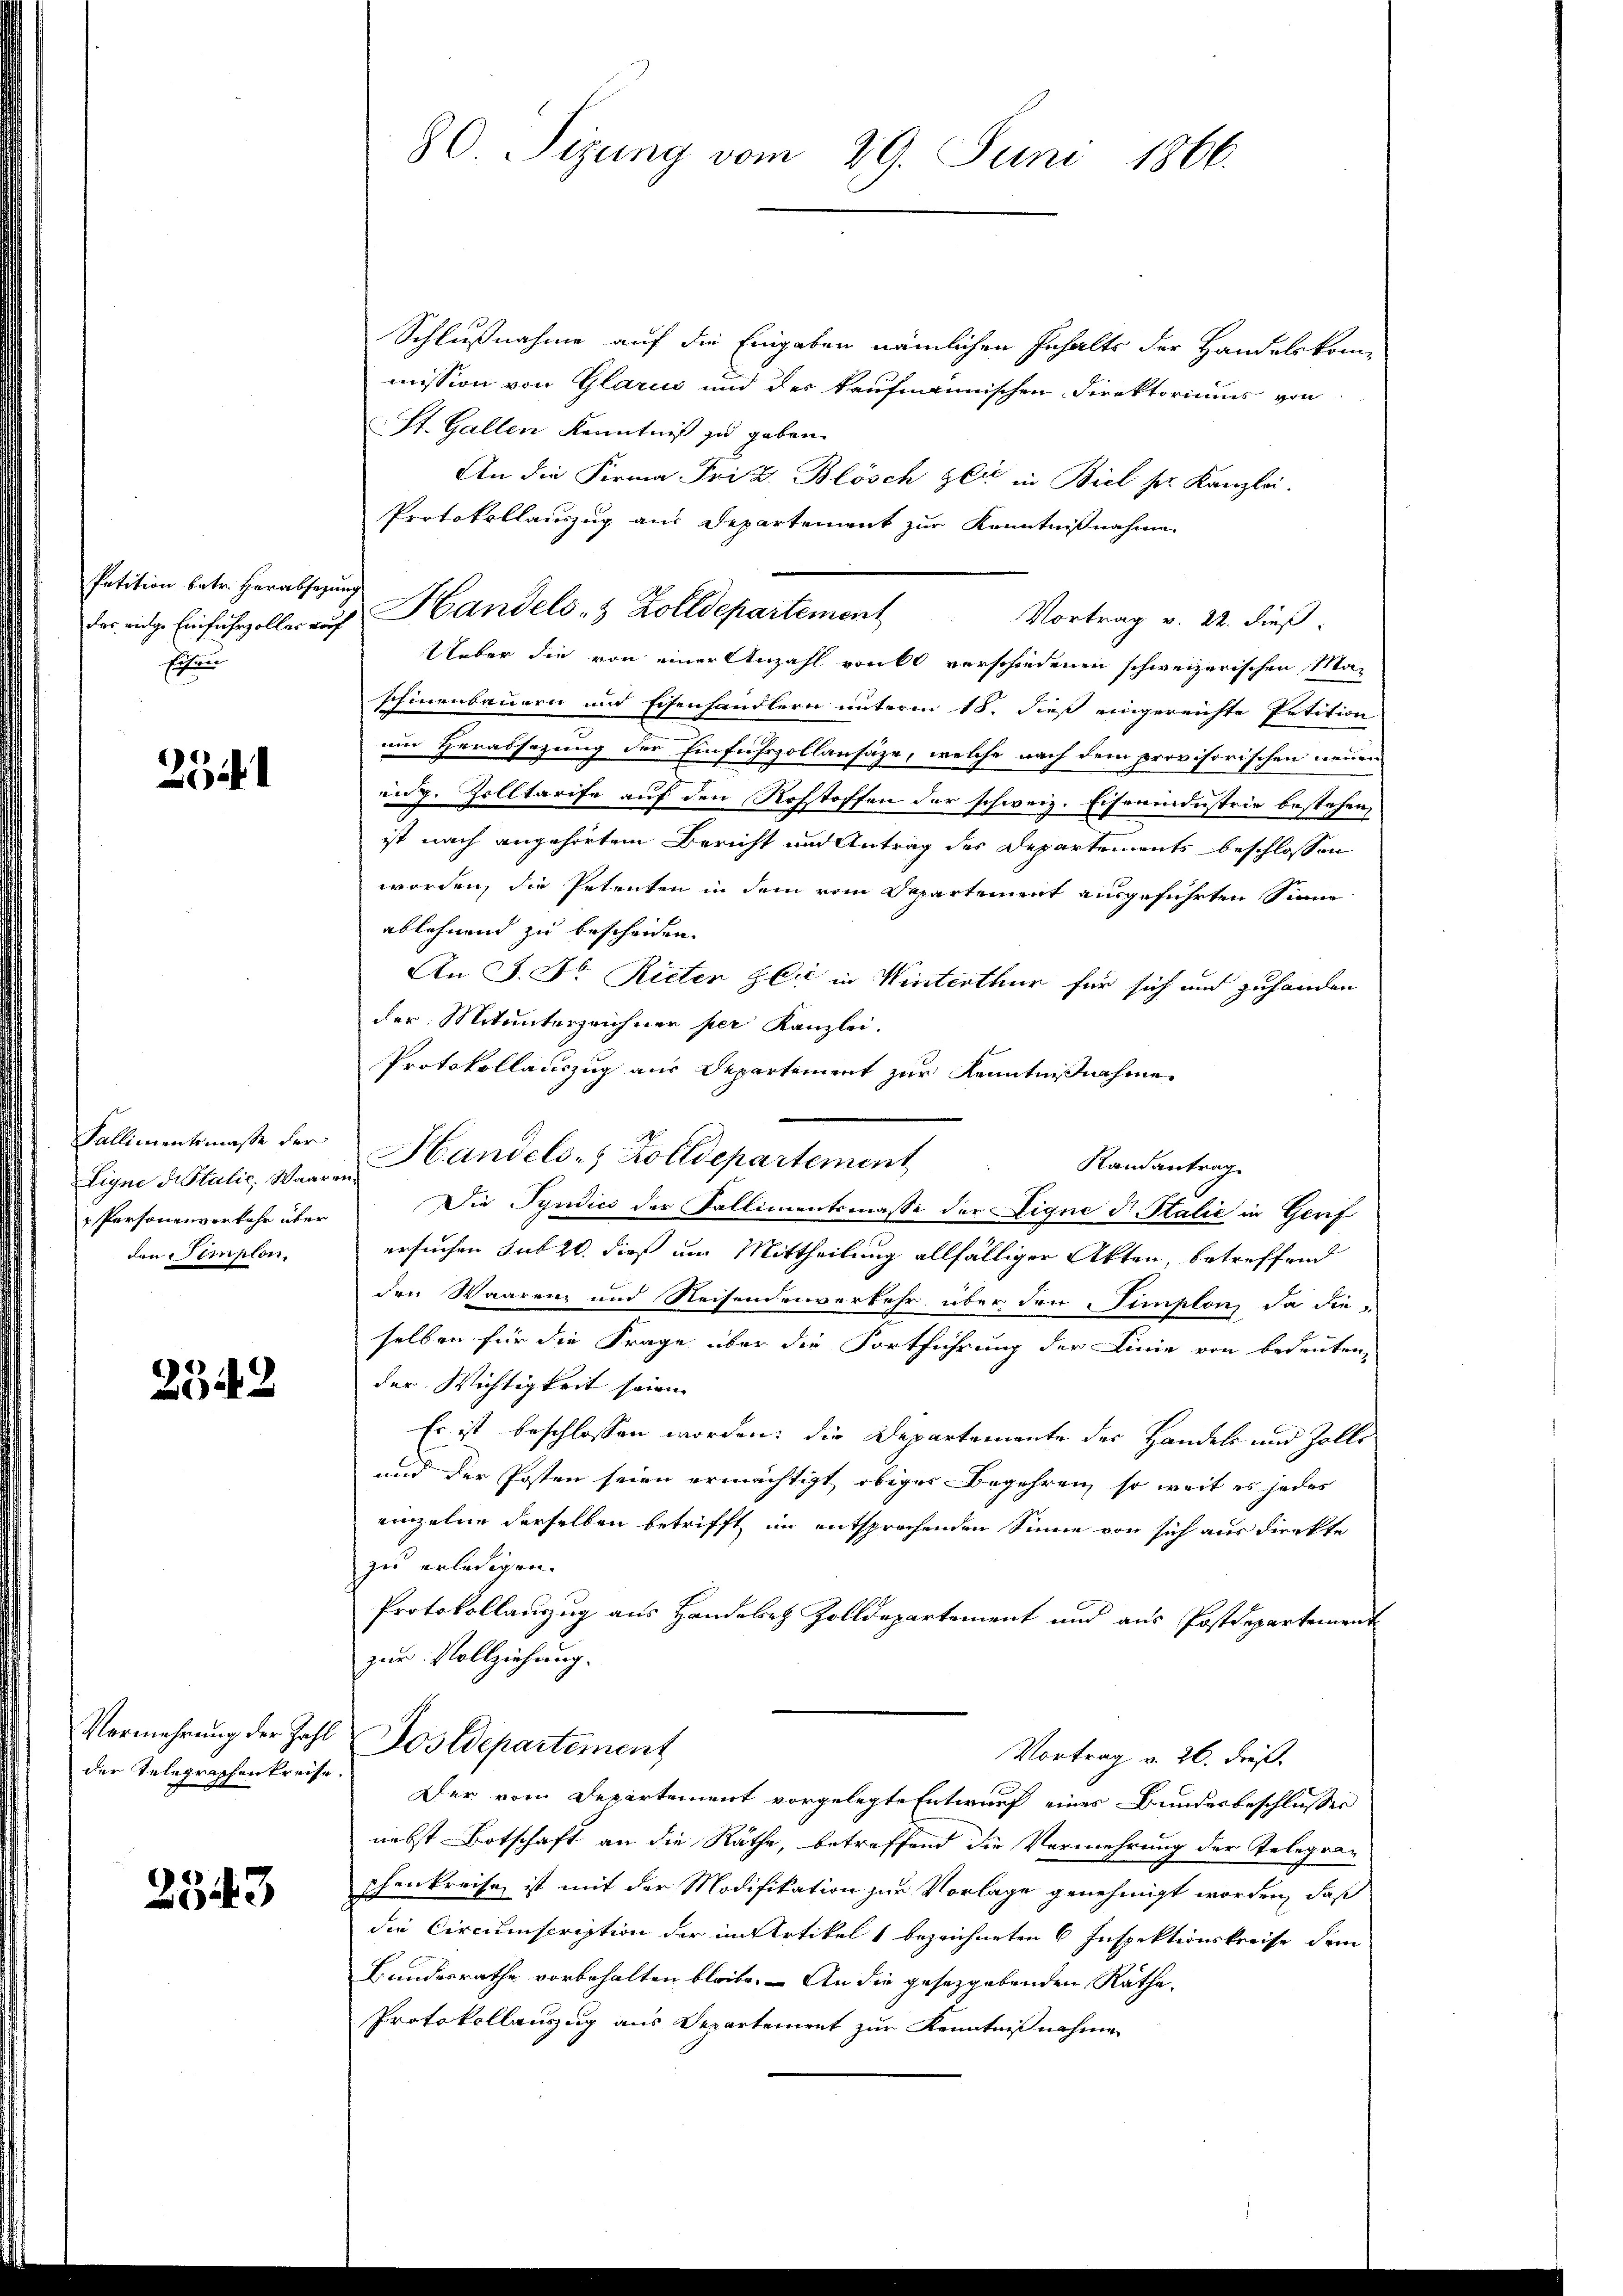
Petition betr. Herabsezung
schen

2541

Fallimentsmaße der
 Personenverkehr über
den Simplon.

2342

Vermehrung der Zahl
der Telegraphenkreise.

2543

80 Sizung vom 29. Juni 1866.

Schlußnahme auf die Eingaben nämlichen Inhalts der Handelskommission von Glarus und des kaufmännischen Direktoriums von
St. Gallen Kenntniß zu geben.
An die Firma Frid. Blösch ger in Biel ser Kanzlei.
Protokollauszug aus Departement zur Kenntnißnahme
der eige Einfuhrzoller auf Handels- & Zolldepartement
Vortrag v. 22. dieß:
Ueber die von einer Anzahl renkt verschiedenen schweizerischen Maschinenbauern und Eisenhändlern unterm 18. dieß eingereichte Petition
um Herabsezung der Einfuhrzollansäze, welche nach dem provisorischen neuen
ing. Zolltarife auf den Rohstoffen der schweiz. Eisenindustrie bestehen,
ist nach angehörtem Bericht und Antrag des Departements beschlossen
worden, die Petenten in dem vom Departement ausgeführten Sinne
ablehnend zu bescheiden.
An J. Dr. Rieter Zeit in Winterthur für sich und zuhanden
der Mitunterzeichner per Kanzlei.
Protokollauszug aus Departement zur Kenntnißnahme
Randantrag
Eigne distalis, Waaren Handels, Zolldepartement
Die Syndici der Pallimentsmasse der Eigne d Italie in Gerif
ersuchen sub 20. dieß um Mittheilung allfälliger Akten, betreffend
den Waarenz und Reisendenverkehr über den Timplon, da die
selben für die Frage über die Fortführung der Linie von bedeuten,
der Wichtigkeit seinen
Es ist beschlossen worden; die Departemente der Handeln und Zolle
und der Posten seien ermächtigt obiger Begehren, so weit es jedes
einzelne derselben betrifft im entsprechenden Sinne von sich aus direkte
zu erledigen.
Protokollauszug aus Handele Zolldepartement und aus Postdepartement
zur Vollziehung.
Dostdepartement
Vortrag v. 26. dieß.
Der vom Departement vorgelegte Entwurf eines Bundesbeschlusser
nebst Botschaft an die Räthe, betreffend die Vermehrung der Telegraschenkreise ist mit der Modifikation zur Vorlage genehmigt worden, daß
die Circumscription der im Artikel 1 bezeichneten 6 Inspektionskreise dem
Bundesrathe vorbehalten bleibe. – An die gesetzgebenden Räthe.
Protokollauszug aus Departement zur Kenntnißnahme